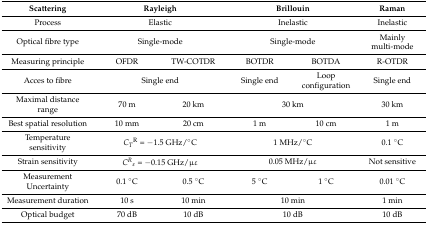
| Scattering | <COLSPAN=2> Rayleigh | <COLSPAN=2> Brillouin | Raman |
 | --- | --- | --- | --- | --- | --- |
 | Process | <COLSPAN=2> Elastic | <COLSPAN=2> Inelastic | Inelastic |
 | Optical fibre type | <COLSPAN=2> Single-mode | <COLSPAN=2> Single-mode | Mainly multi-mode |
 | Measuring principle | OFDR | TW-COTDR | BOTDR | BOTDA | R-OTDR |
 | Acces to fibre | <COLSPAN=2> Single end | Single end | Loop configuration | Single end |
 | Maximal distance range | 70 m | 20 km | <COLSPAN=2> 30 km | 30 km |
 | Best spatial resolution | 10 mm | 20 cm | 1 m | 10 cm | 1 m |
 | Temperature sensitivity | <COLSPAN=2> CTR = −1.5 GHz/°C | <COLSPAN=2> 1 MHz/°C | 0.1 °C |
 | Strain sensitivity | <COLSPAN=2> CRɛ = −0.15 GHz/μɛ | <COLSPAN=2> 0.05 MHz/μɛ | Not sensitive |
 | Measurement Uncertainty | 0.1 °C | 0.5 °C | 5 °C | 1 °C | 0.01 °C |
 | Measurement duration | 10 s | 10 min | <COLSPAN=2> 10 min | 1 min |
 | Optical budget | 70 dB | 10 dB | <COLSPAN=2> 10 dB | 10 dB |